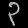
Digit: ၃